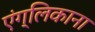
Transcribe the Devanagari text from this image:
एंग्लिकाना